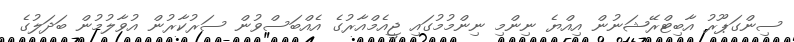
ސިންގަޕޫރު އާބިޓްރޭޝަނުން އިއްޔެ ނިންމި ނިންމުމުގައި ޖީއެމްއާރުގެ އެއްބަސްވުން ސަރުކާރުން އުވާލުމުން ބަދަލުގެ